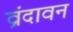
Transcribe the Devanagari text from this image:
व्रंदावन